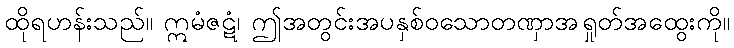
ထိုရဟန်းသည်။ ဣမံဇဋံ၊ ဤအတွင်းအပနှစ်ဝသောတဏှာအရှုတ်အထွေးကို။